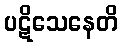
ပဋိသေနေတိ